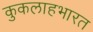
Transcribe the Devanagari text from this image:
कुकलाहभारत